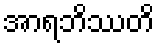
အာရဘိဿတိ